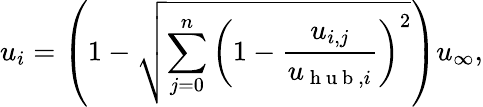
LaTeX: u_{i}=\left(1-\sqrt{\sum_{j=0}^{n}\left(1-\frac{u_{i,j}}{u_{\mathrm{~h~u~b~},i}}\right)^{2}}\right)u_{\infty},